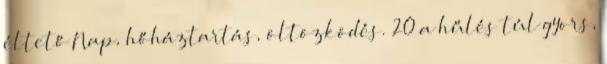
éltető Nap, hőháztartás, öltözködés. 20 a hűlés túl gyors,